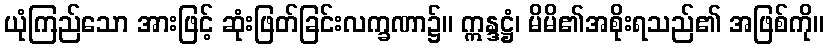
ယုံကြည်သော အားဖြင့် ဆုံးဖြတ်ခြင်းလက္ခဏာ၌။ ဣန္ဒဋ္ဌံ၊ မိမိ၏အစိုးရသည်၏ အဖြစ်ကို။